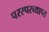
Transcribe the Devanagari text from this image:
परस्परव्याप्त